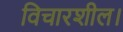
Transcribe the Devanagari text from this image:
विचारशील।